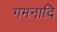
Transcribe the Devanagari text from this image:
गमनादि